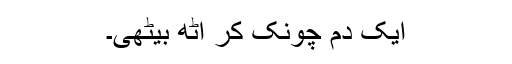
ایک دم چونک کر اٹھ بیٹھی۔